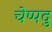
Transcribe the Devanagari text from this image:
चेप्पदु